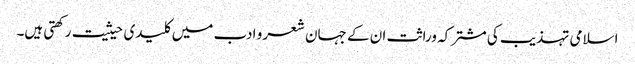
اسلامی تہذیب کی مشترکہ وراثت ان کے جہان شعر و ادب میں کلیدی حیثیت رکھتی ہیں۔